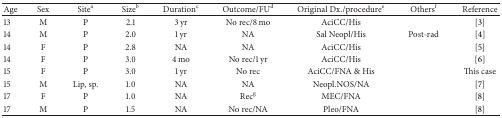
<table><thead><tr><td><b>Age</b></td><td><b>Sex</b></td><td><b>Site<sup>a</sup></b></td><td><b>Size<sup>b</sup></b></td><td><b>Duration<sup>c</sup></b></td><td><b>Outcome/FU<sup>d</sup></b></td><td><b>Original Dx./procedure<sup>e</sup></b></td><td><b>Others<sup>f</sup></b></td><td><b>Reference</b></td></tr></thead><tbody><tr><td>13</td><td>M</td><td>P</td><td>2.1</td><td>3 yr</td><td>No rec/8 mo</td><td>AciCC/His</td><td> </td><td>[3]</td></tr><tr><td>14</td><td>M</td><td>P</td><td>2.0</td><td>1 yr</td><td>NA</td><td>Sal Neopl/His</td><td>Post-rad</td><td>[4]</td></tr><tr><td>14</td><td>F</td><td>P</td><td>2.8</td><td>NA</td><td>NA</td><td>AciCC/His</td><td> </td><td>[5]</td></tr><tr><td>14</td><td>F</td><td>P</td><td>3.0</td><td>4 mo</td><td>No rec/1 yr</td><td>AciCC/His</td><td> </td><td>[6]</td></tr><tr><td>15</td><td>F</td><td>P</td><td>3.0</td><td>1 yr</td><td>No rec</td><td>AciCC/FNA &amp; His</td><td> </td><td>This case</td></tr><tr><td>15</td><td>M</td><td>Lip, sp.</td><td>1.0</td><td>NA</td><td>NA</td><td>Neopl.NOS/NA</td><td> </td><td>[7]</td></tr><tr><td>17</td><td>F</td><td>P</td><td>1.0</td><td>NA</td><td>Rec<sup>g</sup></td><td>MEC/FNA</td><td> </td><td>[8]</td></tr><tr><td>17</td><td>M</td><td>P</td><td>1.5</td><td>NA</td><td>No rec/NA</td><td>Pleo/FNA</td><td> </td><td>[8]</td></tr></tbody></table>